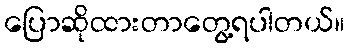
ပြောဆိုထားတာတွေ့ရပါတယ်။